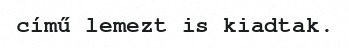
című lemezt is kiadtak.